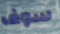
سوف